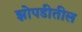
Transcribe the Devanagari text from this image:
झोपडीतील